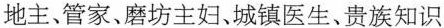
地主、管家、磨坊主妇、城镇医生、贵族知识